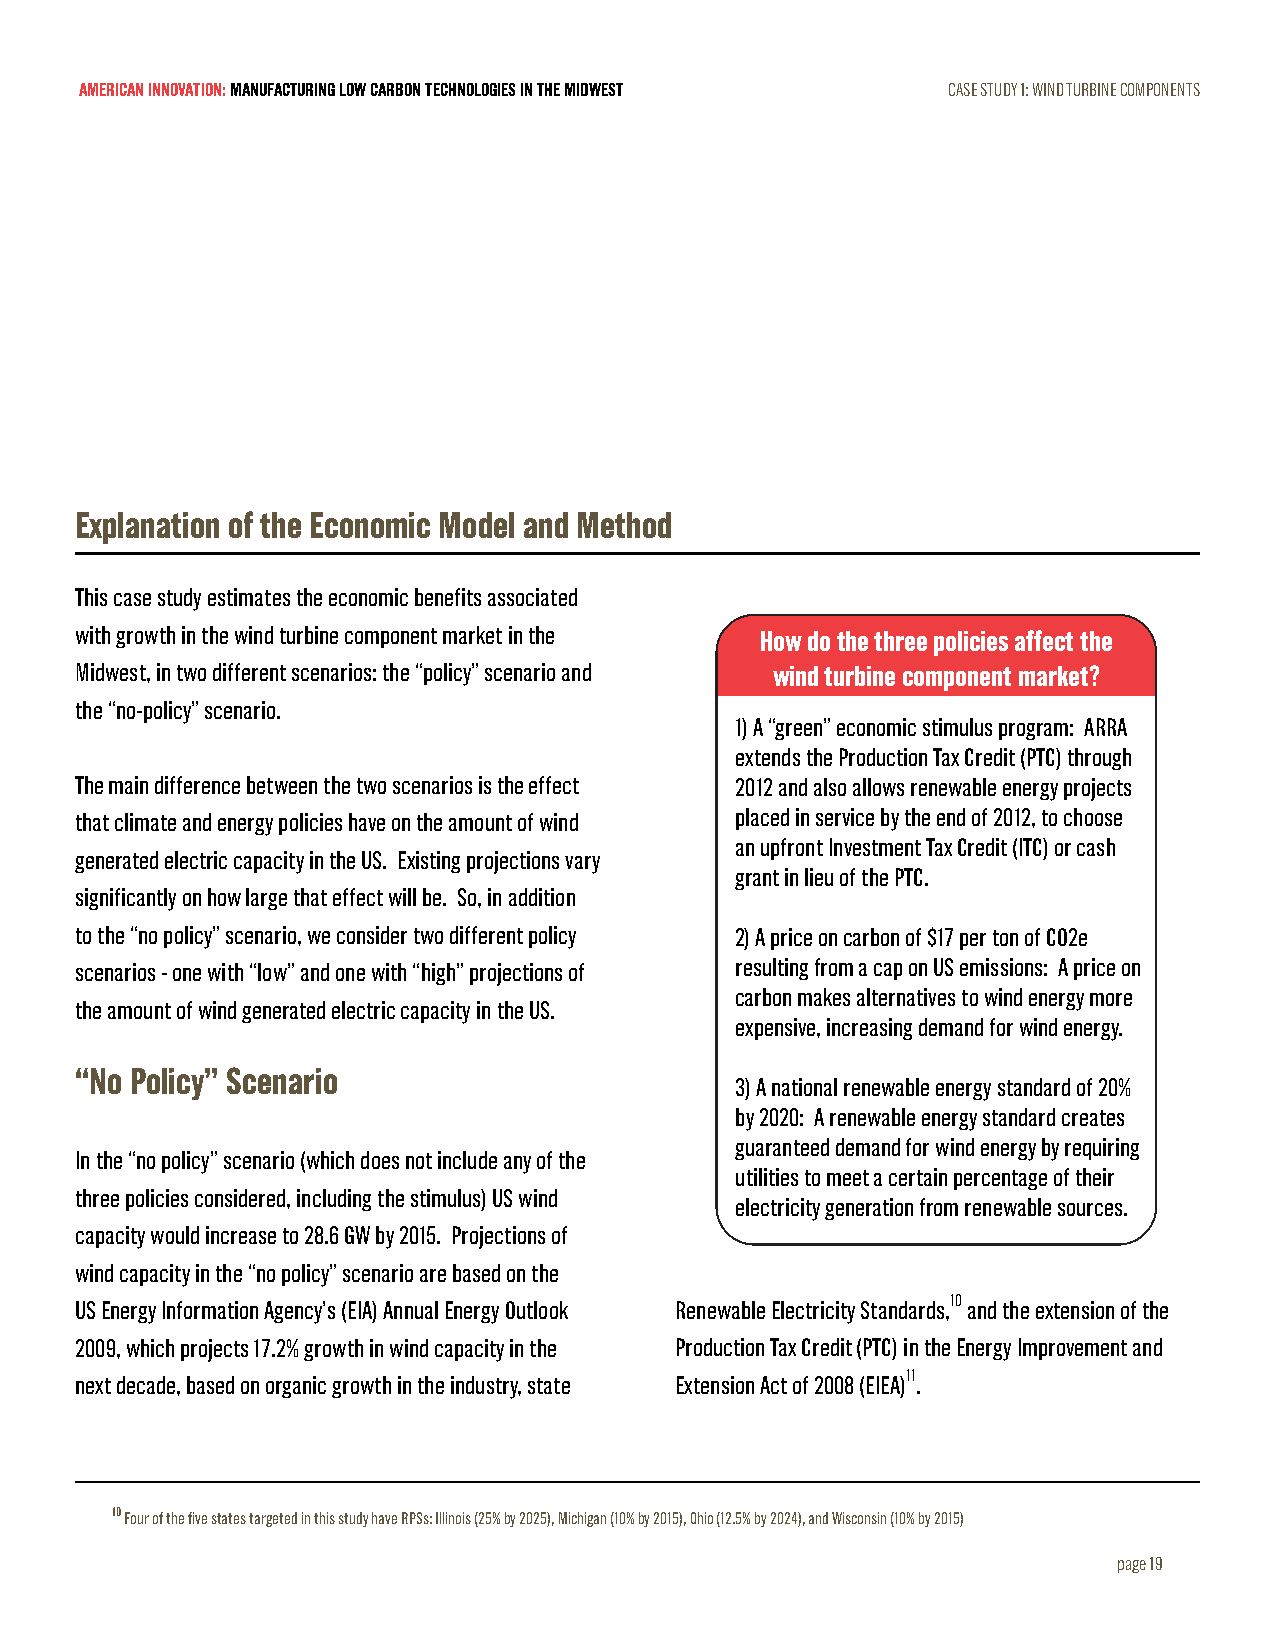
AMERICAN INNOVATION: MANUFACTURING LOW CARBON TECHNOLOGIES IN THE MIDWEST CASE STUDY 1: WIND TURBINE COMPONENTS
 Explanation of the Economic Model and Method
 This case study estimates the economic benefits associated
 with growth in the wind turbine component market in the How do the three policies affect the
 Midwest, in two different scenarios: the “policy” scenario and wind turbine component market?
 the “no-policy” scenario.
 1) A “green” economic stimulus program: ARRA
 extends the Production Tax Credit (PTC) through
 The main difference between the two scenarios is the effect 2012 and also allows renewable energy projects
 that climate and energy policies have on the amount of wind placed in service by the end of 2012, to choose
 an upfront Investment Tax Credit (ITC) or cash
 generated electric capacity in the US. Existing projections vary
 grant in lieu of the PTC.
 significantly on how large that effect will be. So, in addition
 to the “no policy” scenario, we consider two different policy 2) A price on carbon of $17 per ton of CO2e
 scenarios - one with “low” and one with “high” projections of resulting from a cap on US emissions: A price on
 carbon makes alternatives to wind energy more
 the amount of wind generated electric capacity in the US.
 expensive, increasing demand for wind energy.
 “No Policy” Scenario
 3) A national renewable energy standard of 20%
 by 2020: A renewable energy standard creates
 guaranteed demand for wind energy by requiring
 In the “no policy” scenario (which does not include any of the
 utilities to meet a certain percentage of their
 three policies considered, including the stimulus) US wind
 electricity generation from renewable sources.
 capacity would increase to 28.6 GW by 2015. Projections of
 wind capacity in the “no policy” scenario are based on the
 US Energy Information Agency’s (EIA) Annual Energy Outlook Renewable Electricity Standards,10 and the extension of the
 2009, which projects 17.2% growth in wind capacity in the Production Tax Credit (PTC) in the Energy Improvement and
 next decade, based on organic growth in the industry, state Extension Act of 2008 (EIEA)11.
 10 Four of the five states targeted in this study have RPSs: Illinois (25% by 2025), Michigan (10% by 2015), Ohio (12.5% by 2024), and Wisconsin (10% by 2015)
 page 19